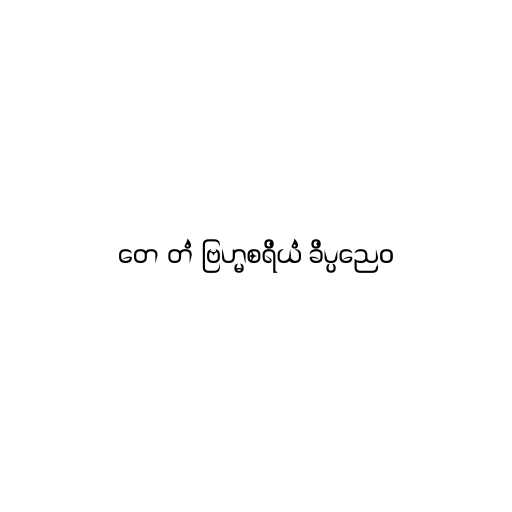
တေ တံ ဗြဟ္မစရိယံ ခိပ္ပညေဝ